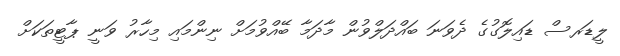
ލީޑަރސް ޑައިލޮގުގެ ދެވަނަ ބައްދަލްވުން މާދަމާ ބޭއްވުމަށް ނިންމައި މިހާރު ވަނީ ޕާޓީތަކަށް